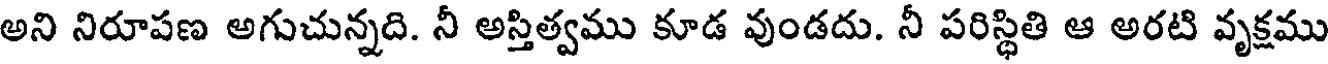
అని నిరూపణ అగుచున్నది. నీ అస్తిత్వము కూడ వుండదు. నీ పరిస్థితి ఆ అరటి వృక్షము